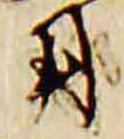
用